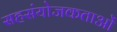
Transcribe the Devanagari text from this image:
सहसंयोजकताओं